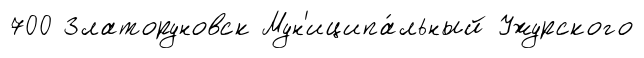
700 Златоруновск Мун'иципа́льный Ужурского